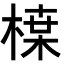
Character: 𭫏